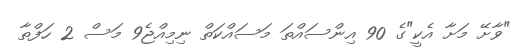
"ވާށޭ މަށާ އެކީ"ގެ 90 އިންސައްތަ މަސައްކަތް ނިމިއްޖެ9 މަސް 2 ހަފްތާ